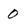
Character: 0